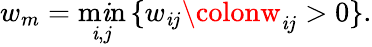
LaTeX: w_{m}=\operatorname*{m\mathit{i}n}_{\mathit{i},j}\, \{ w_{\mathit{i}j}\colonw_{\mathit{i}j}>0\} .